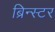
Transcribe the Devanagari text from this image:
ब्रिन्स्टर